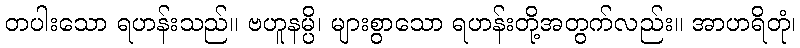
တပါးသော ရဟန်းသည်။ ဗဟူနမ္ပိ၊ များစွာသော ရဟန်းတို့အတွက်လည်း။ အာဟရိတုံ၊